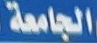
الجامعة